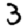
Digit: 3